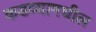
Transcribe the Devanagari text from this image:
कडव्यामधील